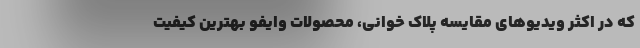
که در اکثر ویدیوهای مقایسه پلاک خوانی، محصولات وایفو بهترین کیفیت